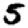
Digit: 5